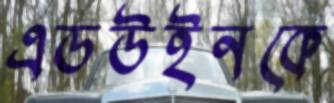
এডউইনকে